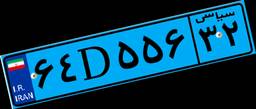
۶۴D۵۵۶۳۲